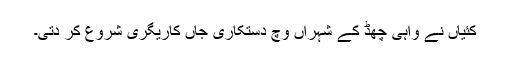
کئیاں نے واہی چھڈ کے شہراں وچ دستکاری جاں کاریگری شروع کر دتی۔